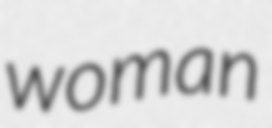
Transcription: woman